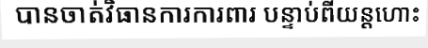
បានចាត់វិធានការការពារ បន្ទាប់ពីយន្តហោះ